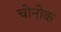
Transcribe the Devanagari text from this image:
चोनोक